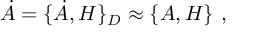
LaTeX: \dot { A } = \{ \dot { A } , H \} _ { D } \approx \{ A , H \} \ ,